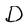
Character: D